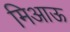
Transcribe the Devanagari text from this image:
मिआऊ